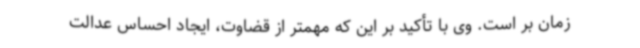
زمان بر است. وی با تأکید بر این که مهمتر از قضاوت، ایجاد احساس عدالت